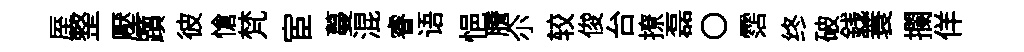
厔整壓躓彼愴梵宦蔓混睿语悒謄尒较俊台撩磊〇霑终破銭蓑攔佯